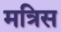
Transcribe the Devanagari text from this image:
मत्रिस